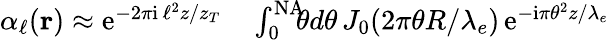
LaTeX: \begin{array}{rl}{\alpha_{\ell}({\mathbf r})\approx\mathrm{e}^{-2\pi\mathrm{i}\, \ell^{2}z/z_{T}}}&{{}\int_{0}^{\mathrm{NA}}\! \! \! \theta d\theta\, J_{0}(2\pi\theta R/\lambda_{e})\, \mathrm{e}^{-\mathrm{i}\pi\theta^{2}z/\lambda_{e}}}\end{array}